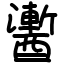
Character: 䤔